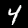
Label: 4